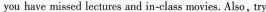
you have missed lectures and in-class movies. Also,try